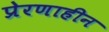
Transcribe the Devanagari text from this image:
प्रेरणाहीन